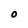
Character: O